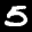
Label: 5